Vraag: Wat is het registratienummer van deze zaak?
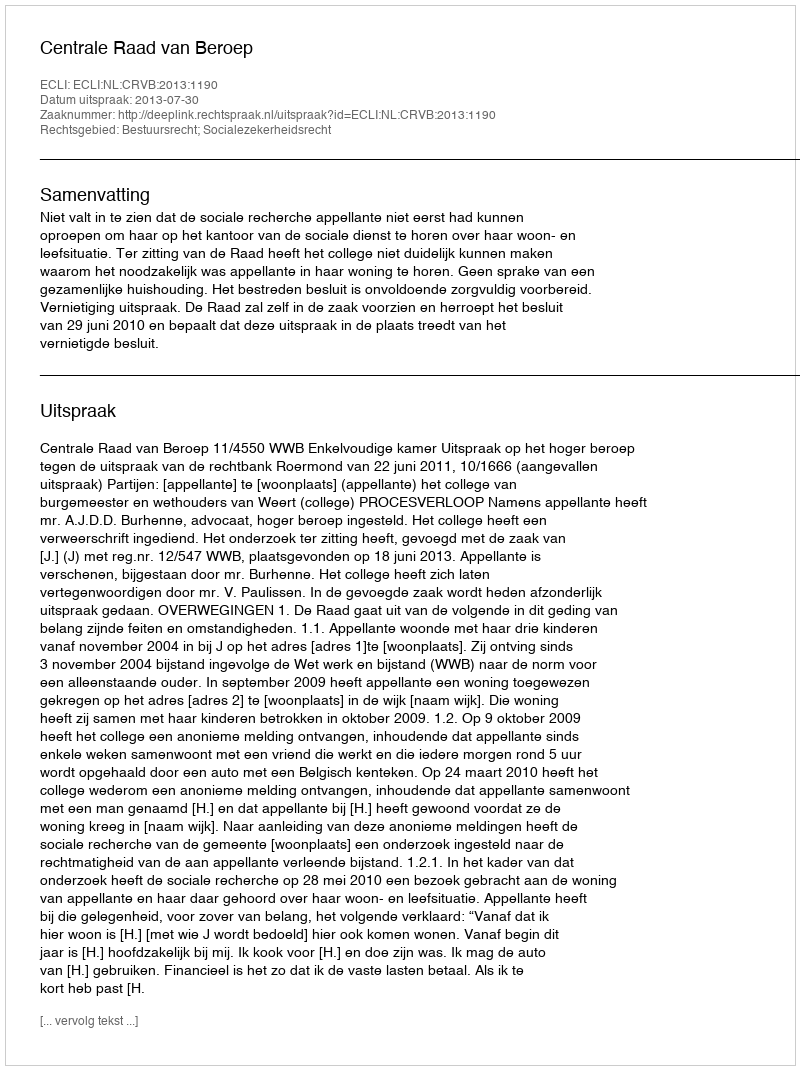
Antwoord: http://deeplink.rechtspraak.nl/uitspraak?id=ECLI:NL:CRVB:2013:1190